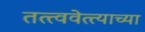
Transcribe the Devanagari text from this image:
तत्त्ववेत्त्याच्या